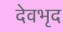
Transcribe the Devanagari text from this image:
देवभृद